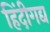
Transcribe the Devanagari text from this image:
हिंदीगद्य